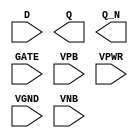
/**
 * Copyright 2020 The SkyWater PDK Authors
 *
 * Licensed under the Apache License, Version 2.0 (the "License");
 * you may not use this file except in compliance with the License.
 * You may obtain a copy of the License at
 *
 *     https://www.apache.org/licenses/LICENSE-2.0
 *
 * Unless required by applicable law or agreed to in writing, software
 * distributed under the License is distributed on an "AS IS" BASIS,
 * WITHOUT WARRANTIES OR CONDITIONS OF ANY KIND, either express or implied.
 * See the License for the specific language governing permissions and
 * limitations under the License.
 *
 * SPDX-License-Identifier: Apache-2.0
 */

`ifndef SKY130_FD_SC_MS__DLXBP_PP_SYMBOL_V
`define SKY130_FD_SC_MS__DLXBP_PP_SYMBOL_V

/**
 * dlxbp: Delay latch, non-inverted enable, complementary outputs.
 *
 * Verilog stub (with power pins) for graphical symbol definition
 * generation.
 *
 * WARNING: This file is autogenerated, do not modify directly!
 */

`timescale 1ns / 1ps
`default_nettype none

(* blackbox *)
module sky130_fd_sc_ms__dlxbp (
    //# {{data|Data Signals}}
    input  D   ,
    output Q   ,
    output Q_N ,

    //# {{clocks|Clocking}}
    input  GATE,

    //# {{power|Power}}
    input  VPB ,
    input  VPWR,
    input  VGND,
    input  VNB
);
endmodule

`default_nettype wire
`endif  // SKY130_FD_SC_MS__DLXBP_PP_SYMBOL_V